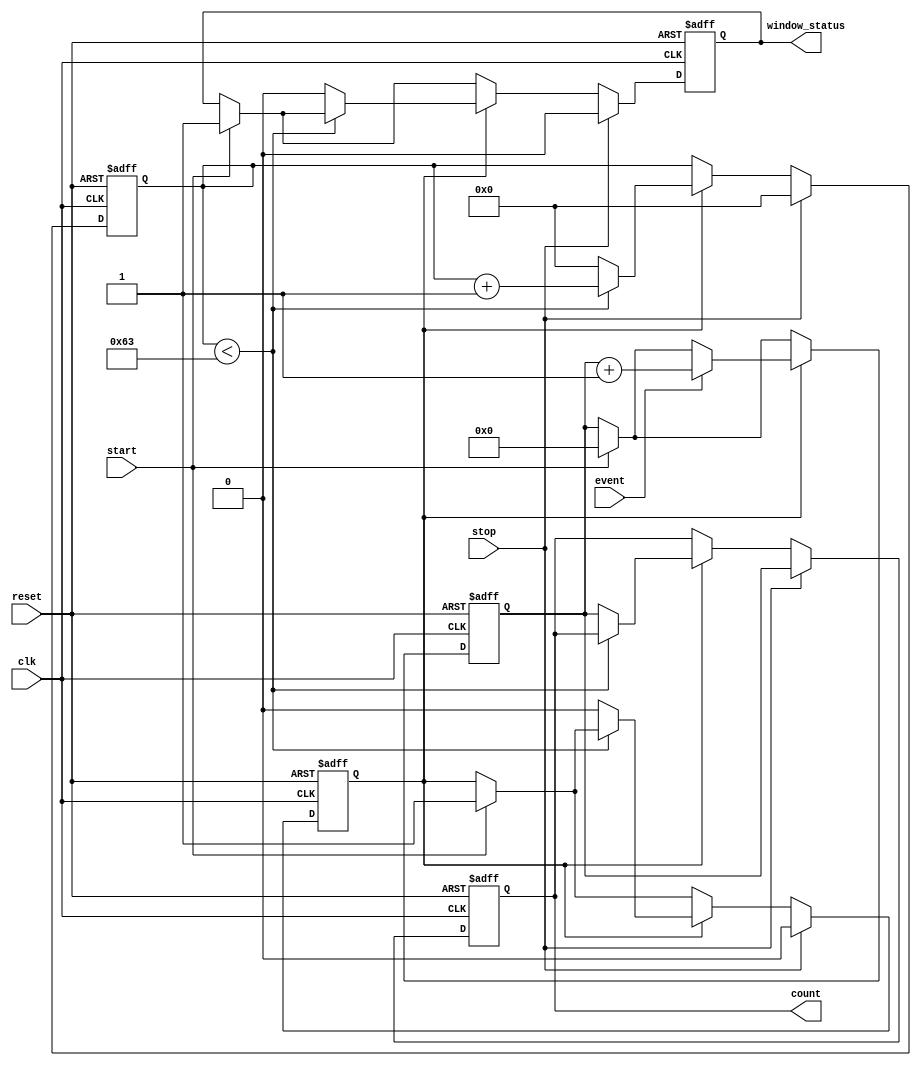
module windowed_counter #(
    parameter BIT_WIDTH = 8,         // Bit width of the counter
    parameter WINDOW_DURATION = 100   // Window duration in clock cycles
)(
    input wire clk,                   // Clock signal
    input wire event,                 // Event input signal
    input wire start,                 // Start counting signal
    input wire stop,                  // Stop counting signal
    input wire reset,                 // Asynchronous reset signal
    output reg [BIT_WIDTH-1:0] count, // Current count value
    output reg window_status          // Window status: 1 = counting, 0 = idle
);

    reg [BIT_WIDTH-1:0] counter;      // Internal counter
    reg [6:0] window_counter;          // Counter for window duration
    reg counting;                      // Internal flag for counting state

    // Asynchronous reset
    always @(posedge clk or posedge reset) begin
        if (reset) begin
            counter <= 0;
            count <= 0;
            window_counter <= 0;
            window_status <= 0;
            counting <= 0;
        end else begin
            if (start) begin
                counting <= 1;
                window_status <= 1;
                counter <= 0; // Reset counter on start
            end
            
            if (counting) begin
                // Increment counter on event
                if (event) begin
                    counter <= counter + 1;
                end
                
                // Increment window counter
                if (window_counter < WINDOW_DURATION - 1) begin
                    window_counter <= window_counter + 1;
                end else begin
                    // Window duration has elapsed
                    counting <= 0;
                    window_status <= 0;
                    count <= counter; // Latch the count value
                    window_counter <= 0; // Reset window counter for next window
                end
            end
            
            // Stop counting if stop signal is asserted
            if (stop) begin
                counting <= 0;
                window_status <= 0;
                count <= counter; // Latch the count value
                window_counter <= 0; // Reset window counter
            end
        end
    end
endmodule